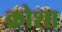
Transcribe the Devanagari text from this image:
क्रोशा